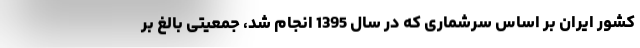
کشور ایران بر اساس سرشماری که در سال 1395 انجام شد، جمعیتی بالغ بر